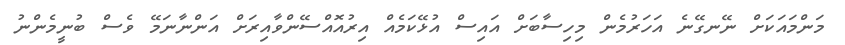
މަންމައަކަށް ނޭނގޭނެ އަހަރުމެން މިހިސާބަށް އައިސް އުޅޭކަމެއް އިރުއޮއްސޭންވާއިރަށް އަންނާނަމޭ ވެސް ބުނީމެންނު